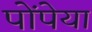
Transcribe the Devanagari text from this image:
पोंपेया